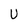
Character: U